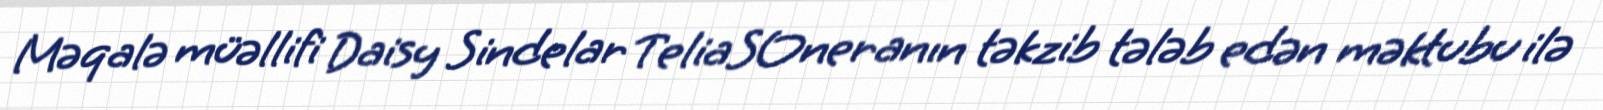
Məqalə müəllifi Daisy Sindelar TeliaSOneranın təkzib tələb edən məktubu ilə